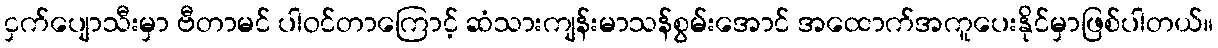
ငှက်ပျောသီးမှာ ဗီတာမင် ပါဝင်တာကြောင့် ဆံသားကျန်းမာသန်စွမ်းအောင် အထောက်အကူပေးနိုင်မှာဖြစ်ပါတယ်။